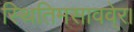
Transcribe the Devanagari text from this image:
स्थितिमसाववे्र।